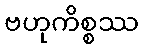
ဗဟုကိစ္စဿ